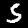
Label: 5